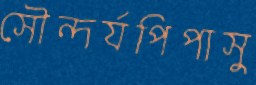
সৌন্দর্যপিপাসু